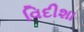
વિદીશા